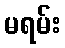
မရမ်း